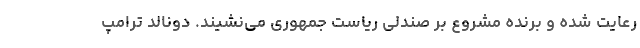
رعایت شده و برنده مشروع بر صندلی ریاست جمهوری می‌نشیند. دونالد ترامپ